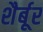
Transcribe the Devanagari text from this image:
शैर्बूर